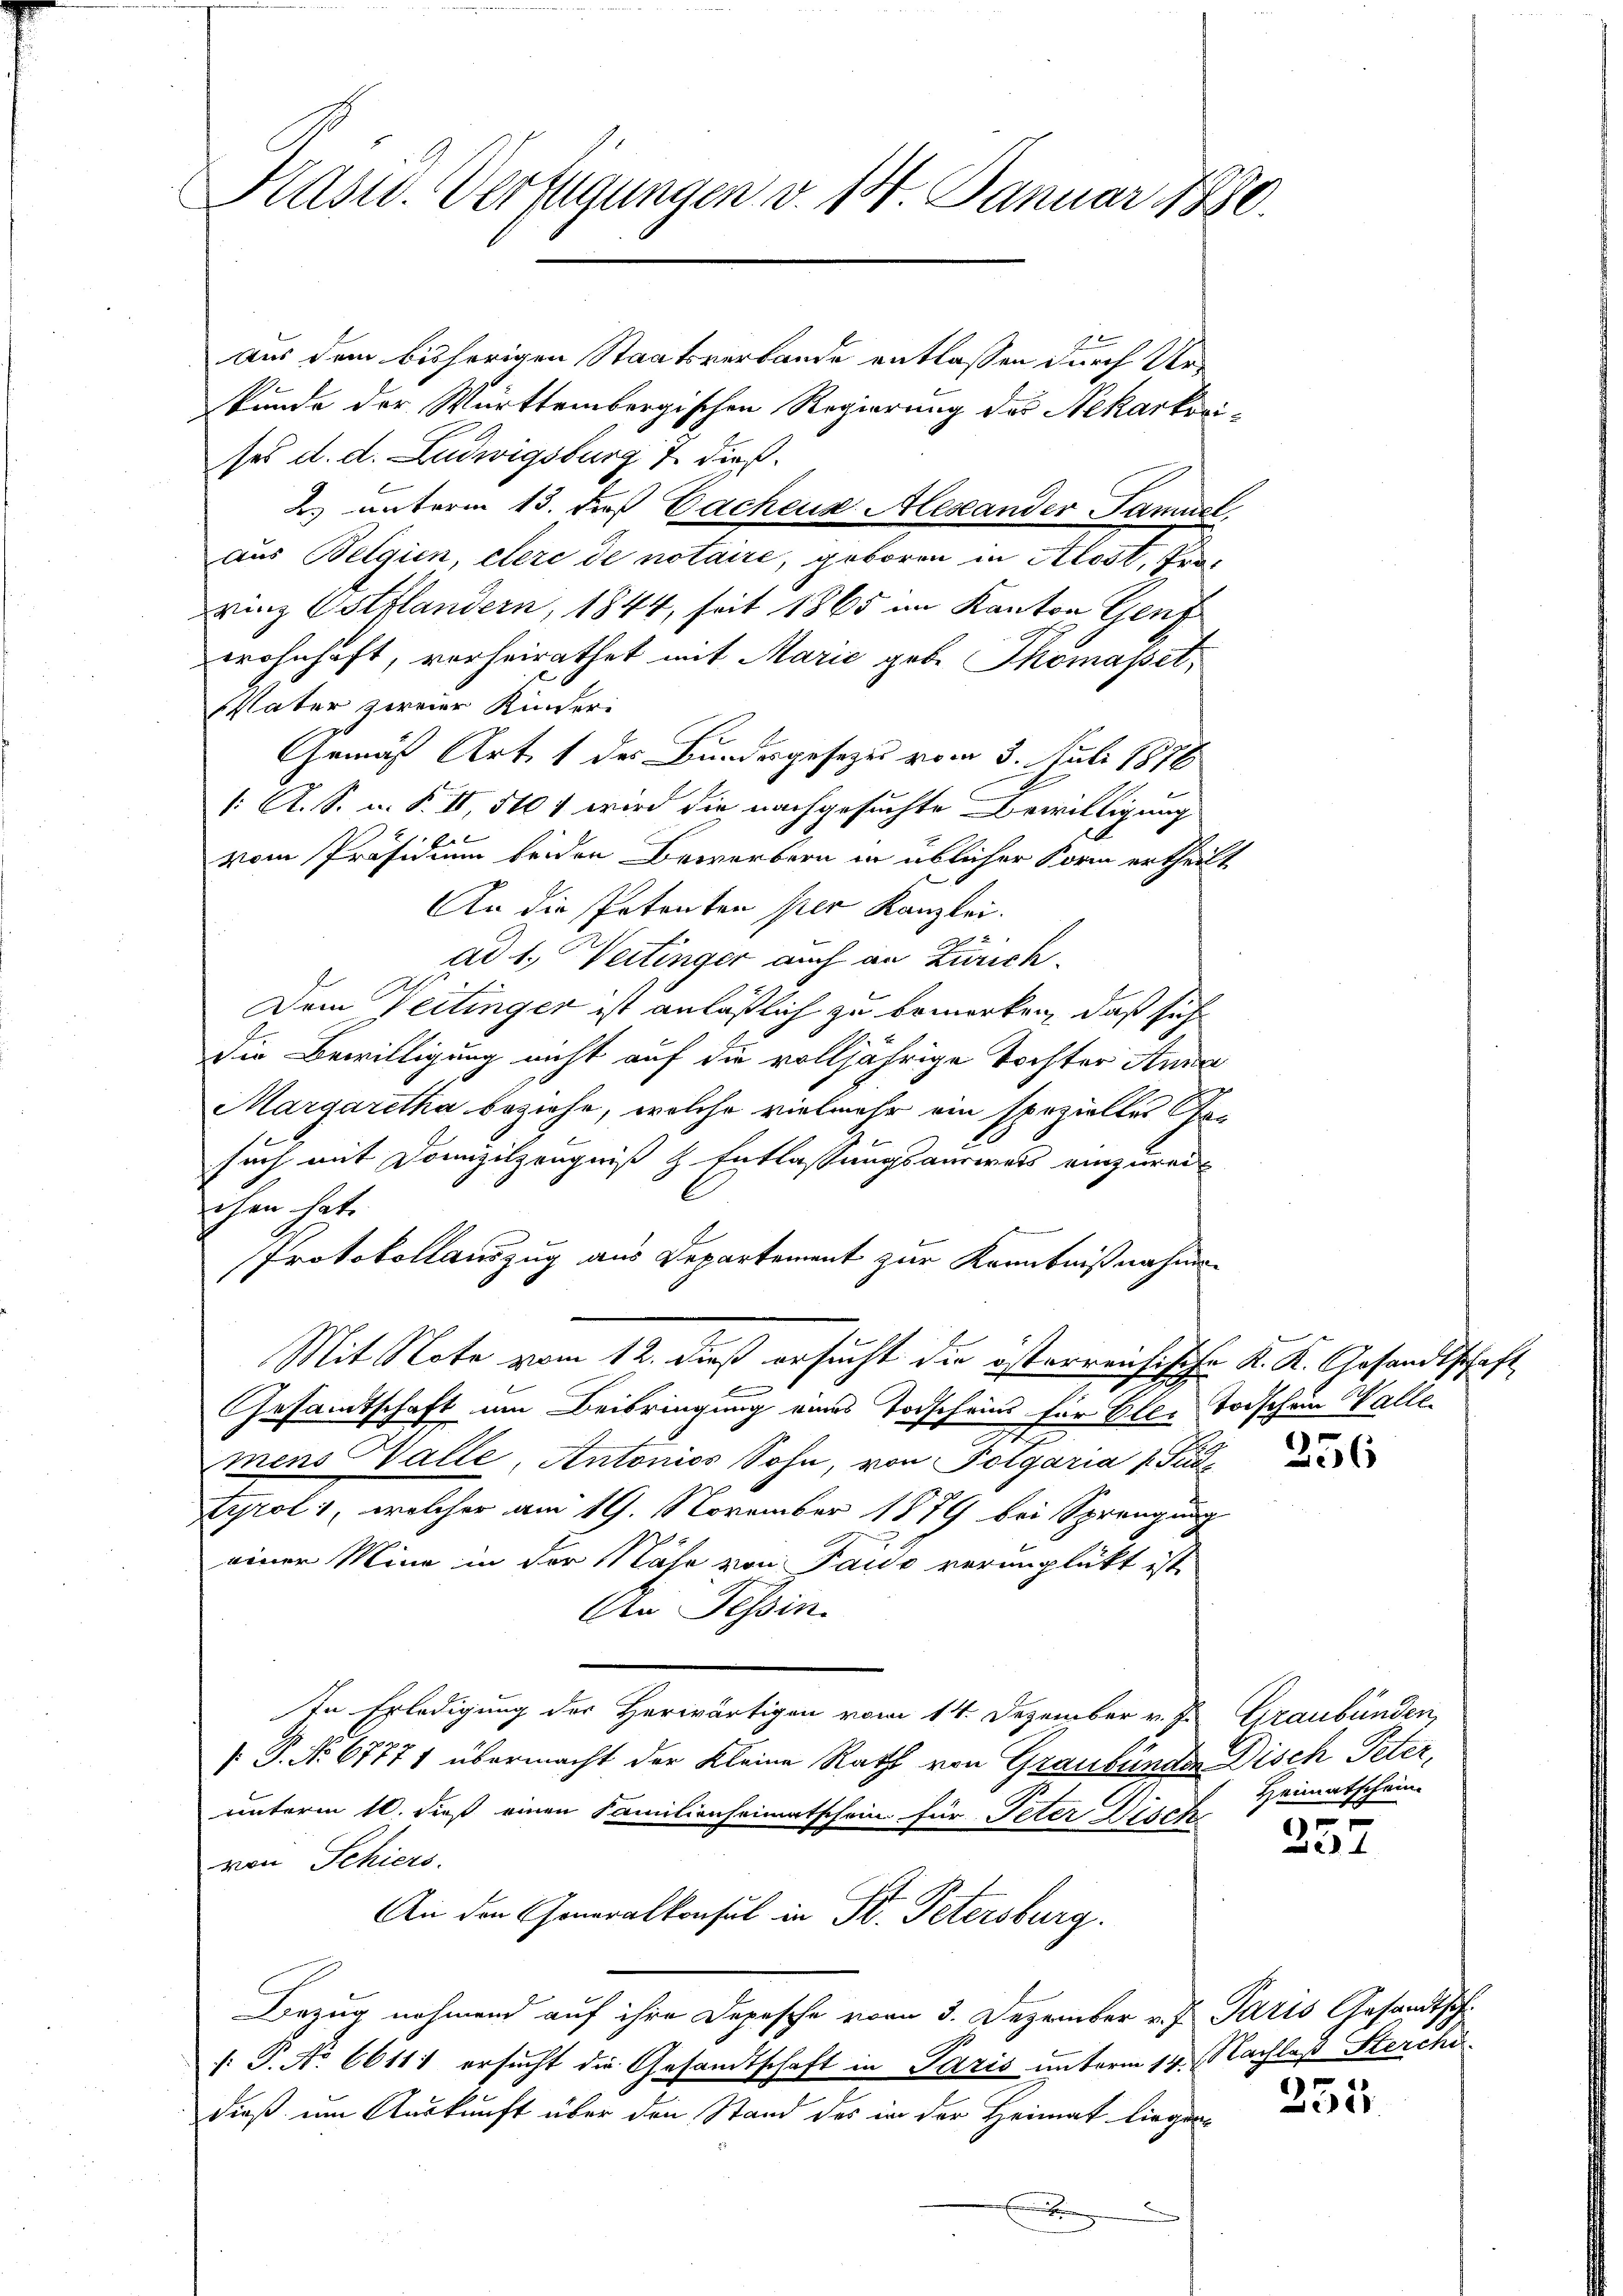
Kasw. Verfügungen v. 14. Januar 1880.

Aus dem bisherigen Staatsverbande entlassen durch Urkunde der Württembergischen Regierung des Nekarkovises d. d. Ludwigsburg 1. dieß.
2. unterm 13. daß Gachens Meseander Samuel
aus Belgien, clere de notaire, geboren in Alost, Fra¬
Winz Ostfländern, 1844, seit 1865 im Kanton Genf
wohnhaft, vorheirathet mit Marie gebe Thomasset,
Vater zweier Kinder
Gemäß Art. 1 des Bundesgesetzes vom 3. Juli 1876
1: A. S. u. S. II, 5101 wird die nachgesuchte Bewilligung
vom Präsidium beiden Bewerbern in üblicher Form ertheilt
An die Petenten per Kanzlei.
ad 1. Wertinger auch an Zürich.
Dem Vertinger ist anläßlich zu bemerken, daß sich
die Bewilligung nicht auf die volljährige Tochter Anna
Margaretha beziehe, welche vielmehr ein spezielles Josuch mit Domizilzeugniß & Entlassungsausweis einzurei
echen hat.
Protokollauszug aus Departement zur Kenntnißnahme
Mit Note vom 12. dieß ersucht die österrensische K. K. Gesandtschaft
l
Gesamtschaft um Beibringung eines Todscheins für Alle Todschein Walle
mens Walle, Antonios Sohn, von Potgaria Fude
Tyrol 1, welcher am 19. November 1879 bei Sprengung
einer Mine in der Nähe von Taido verunglückt ist
An Tessin.
In Erledigung der Herwärtigen vom 14. Dezember v. J. Graubünden,
[P. Nr. 67771 übermacht der Kleine Rath von Graubünden Disch Peter,
unterm 10. dieß einen Familienheimatschein für Peter Disch
von Schiers.
An den Generalkonsul in St. Petersburg.
Bezug nehmend auf ihre Depesche vom 3. Dezember v. J. Paris Gesandtsch
 P. No 66111 ersucht die Gesandtschaft in Paris unterm 14. Nachlaß Sterchi
dieß um Auskunft über den Stand des in der Heimat liegen

d

e

256

Heimatschein.

257

)

Sei